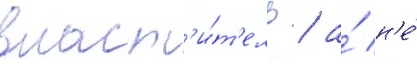
власт'и́т'ель / а́ н'е́